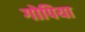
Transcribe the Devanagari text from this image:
गोपिया